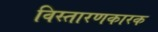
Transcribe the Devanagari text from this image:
विस्तारणकारक